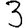
Digit: 3